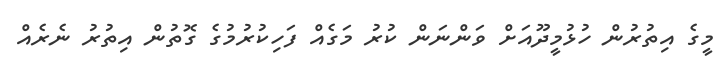
މީގެ އިތުރުން ހުޅުމީދޫއަށް ވަންނަން ކުރު މަގެއް ފަހިކުރުމުގެ ގޮތުން އިތުރު ނެރެއް